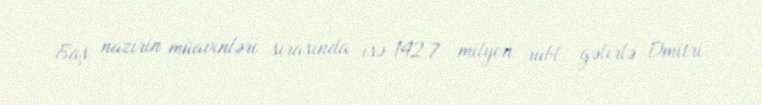
Baş nazirin müavinləri sırasında isə 142,7 milyon rubl gəlirlə Dmitri